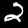
Label: 2